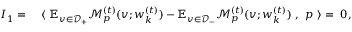
\begin{array} { r l } { I _ { 1 } = } & { ~ \langle ~ \mathbb { E } _ { v \in \mathcal { D } _ { + } } \mathcal { M } _ { p } ^ { ( t ) } ( v ; { \boldsymbol w } _ { k } ^ { ( t ) } ) - \mathbb { E } _ { v \in \mathcal { D } _ { - } } \mathcal { M } _ { p } ^ { ( t ) } ( v ; { \boldsymbol w } _ { k } ^ { ( t ) } ) ~ , ~ { \boldsymbol p } ~ \rangle = ~ 0 , } \end{array}